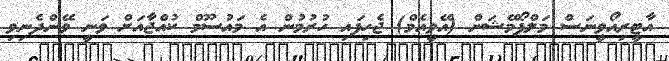
އާޓީރިއޯވީނަސް މަލްފޯމޭޝަން (އޭވީއެމް) ޖެހިފައި ހުރުމުން އެ މައުސޫމް ކުއްޖާއަށް ވަނީ ވޭންދެނިވި